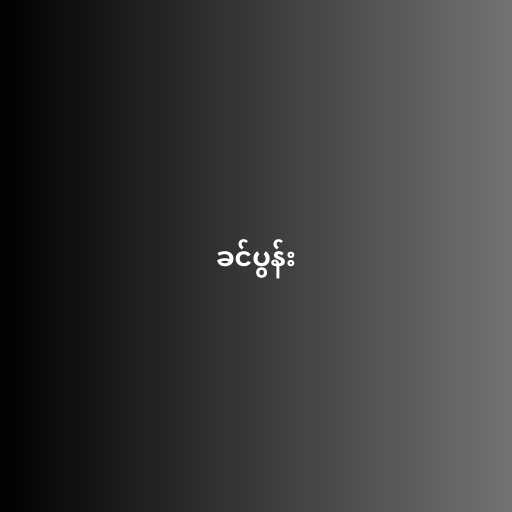
ခင်ပွန်း